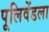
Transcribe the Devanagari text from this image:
पूलिवेंडला